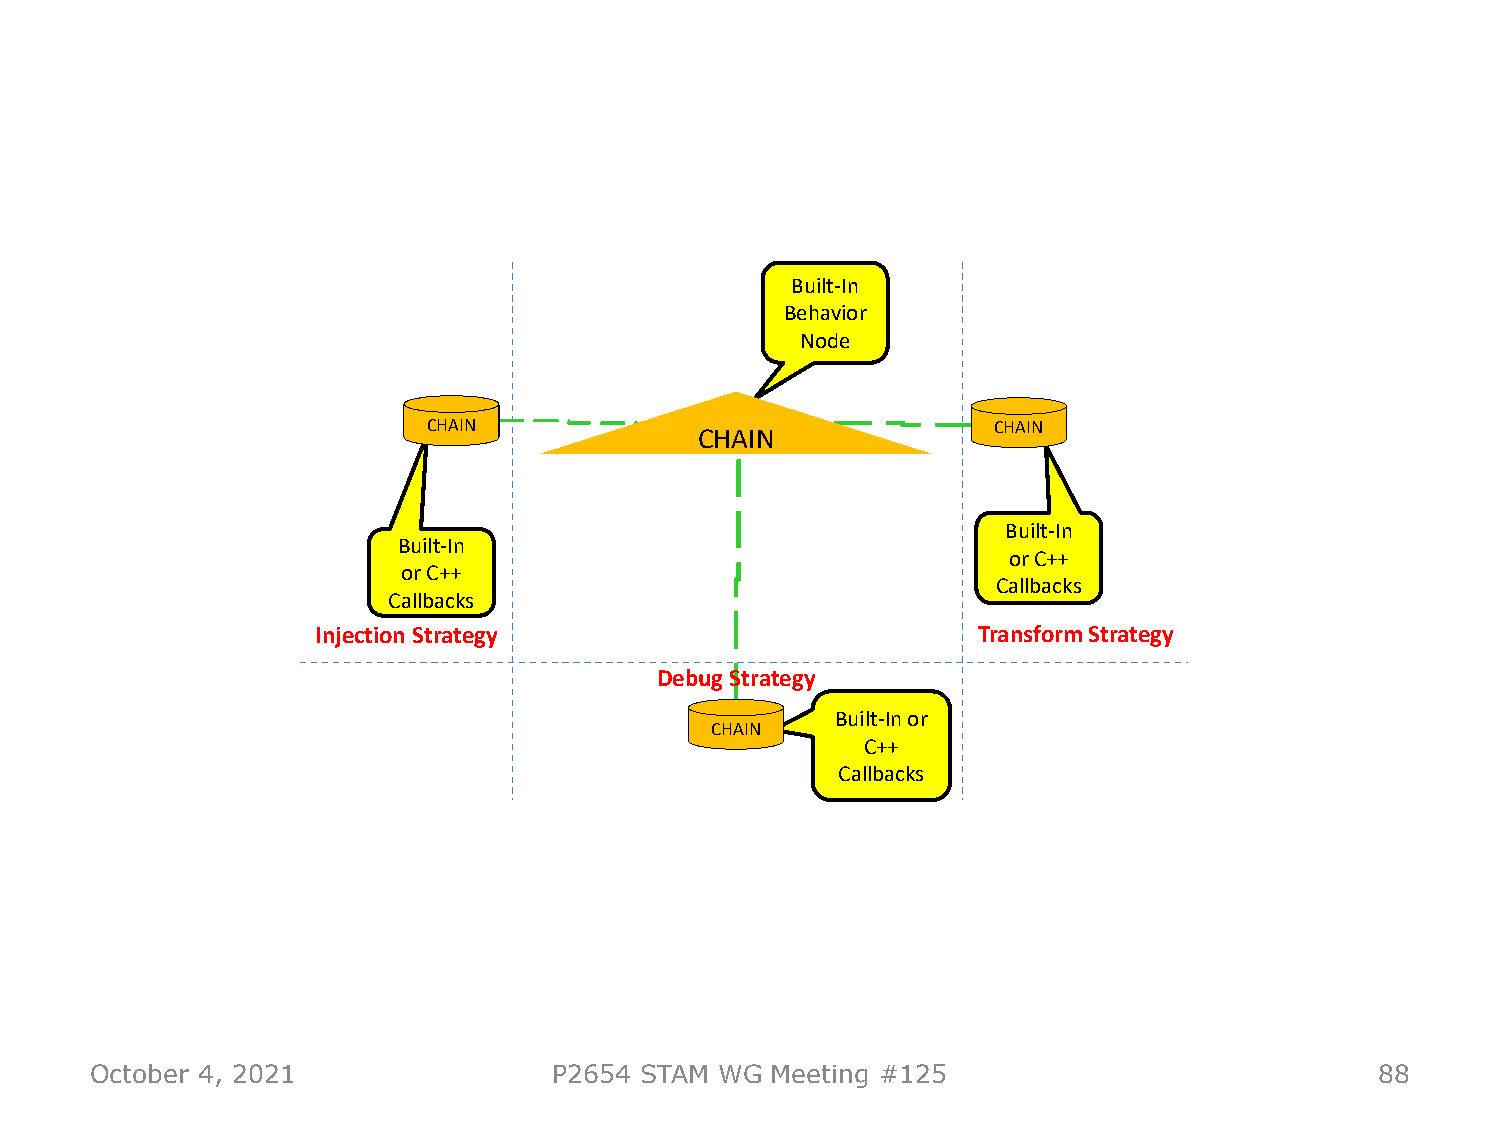
Built-In
 Behavior
 Node
 CHAIN                                 CHAIN
 CHAIN
 Built-In
 Built-In
 or C++
 or C++
 Callbacks
 Callbacks
 Injection Strategy                          Transform Strategy
 Debug Strategy
 Built-In or
 CHAIN
 C++
 Callbacks
 October 4, 2021                P2654 STAM WG Meeting #125                            88